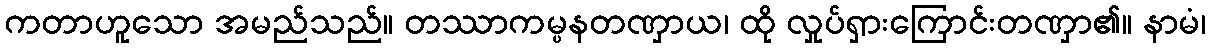
ကတာဟူသော အမည်သည်။ တဿာကမ္ပနတဏှာယ၊ ထို လှုပ်ရှားကြောင်းတဏှာ၏။ နာမံ၊